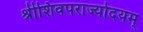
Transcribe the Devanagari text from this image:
श्रीशिवपराज्योदयम्